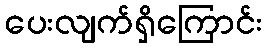
ပေးလျက်ရှိကြောင်း